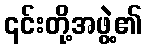
၎င်းတို့အဖွဲ့၏